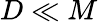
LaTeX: D\ll M